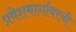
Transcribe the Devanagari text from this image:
प्रवेशमार्गावरची